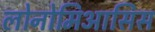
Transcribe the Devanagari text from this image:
लोनोमिआसिस